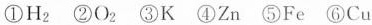
①H_{2}②O_{2}③K④Zn⑤Fe⑥Cu